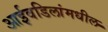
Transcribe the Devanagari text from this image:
आईवडिलांमधील